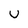
Character: u